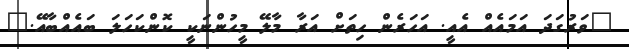
"ވަރުގަދަ އަމައެއް އެއީ. އަހަރެން ހިތަށް އަރާ މާލޭ މީހުންނަކީ ކޮންކަހަލަ ބައެއްބާއޭ."